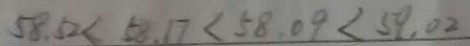
5 8 . 5 2 < 5 8 . 1 7 < 5 8 . 0 9 < 5 9 . 0 2